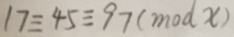
1 7 \equiv 4 5 \equiv 9 7 ( m o d x )